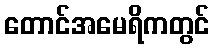
တောင်အမေရိကတွင်